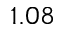
1 . 0 8